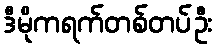
ဒီမိုကရက်တစ်တပ်ဦး